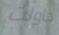
حاولت